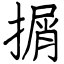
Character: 㨝